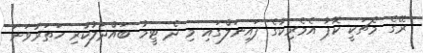
ރޭގެ މެޗަކީ ކޮޕާ އެމެރިކާގެ ފައިނަލްގައި މި ދެ ޓީމު ބައްދަލުކުރި ހަތަރުވަނަ